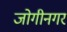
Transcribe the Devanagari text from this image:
जोगीनगर